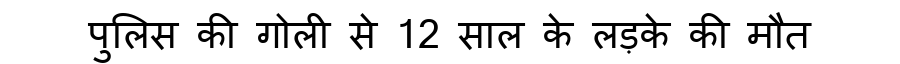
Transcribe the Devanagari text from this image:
पुलिस की गोली से 12 साल के लड़के की मौत